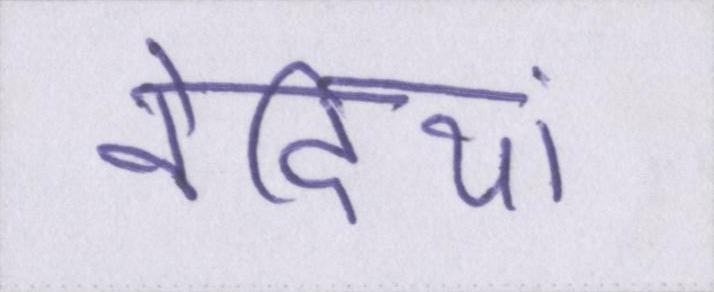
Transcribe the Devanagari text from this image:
वेदियां